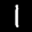
Digit: 1